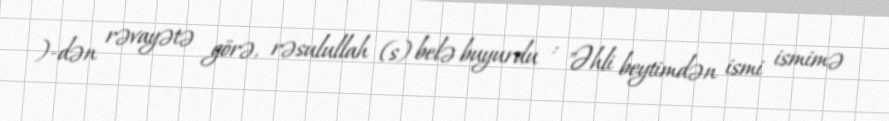
)-dən rəvayətə görə, rəsulullah (s) belə buyurdu : "Əhli beytimdən ismi ismimə